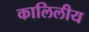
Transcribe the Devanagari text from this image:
कालिलीय